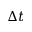
\Delta t